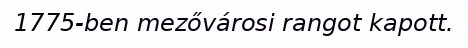
1775-ben mezővárosi rangot kapott.